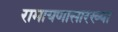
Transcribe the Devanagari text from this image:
रामायणासारख्या